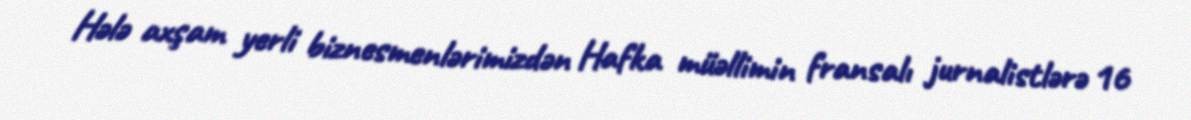
Hələ axşam yerli biznesmenlərimizdən Hafka müəllimin fransalı jurnalistlərə 16